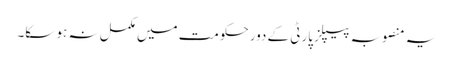
یہ منصوبہ پیپلز پارٹی کے دورحکومت میں مکمل نہ ہو سکا۔